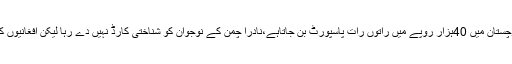
سینیٹر نصیب اللہ نے کہاکہ بلوچستان میں 40ہزار روپے میں راتوں رات پاسپورٹ بن جاتاہے،نادرا چمن کے نوجوان کو شناختی کارڈ نہیں دے رہا لیکن افغانیوں کو پاسپورٹ جاری ہو رہے ہیں۔